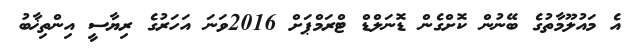
އެ މައުލޫމާތުގެ ބޭނުން ކޮށްގެން ޑޮނަލްޑް ޓްރަމްޕަށް 2016ވަނަ އަހަރުގެ ރިޔާސީ އިންތިޚާބު